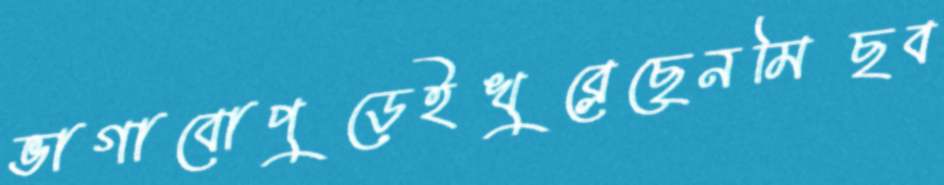
ভাগাবোপুড়েইখুব্‌লেছেনমিছব